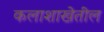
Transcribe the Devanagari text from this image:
कलाशाखेतील